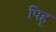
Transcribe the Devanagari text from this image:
पिहू